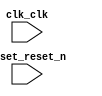

module miniosII (
	clk_clk,
	reset_reset_n);	

	input		clk_clk;
	input		reset_reset_n;
endmodule